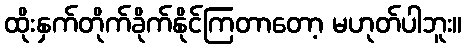
ထိုးနှက်တိုက်ခိုက်နိုင်ကြတာတော့ မဟုတ်ပါဘူး။